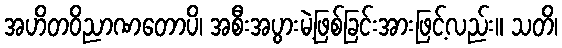
အဟိတဝိညာဏတောပိ၊ အစီးအပွားမဲ့ဖြစ်ခြင်းအားဖြင့်လည်း။ သတိ၊